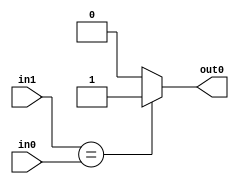
`timescale 1ns / 1ps

module cmp(
             input [7:0] in0,
             input [7:0] in1,
             output reg out0
          );
always@(*)
  if(in1==in0)
    begin
      out0=1;
    end
  else 
    begin
      out0=0;
    end
endmodule